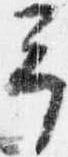
予